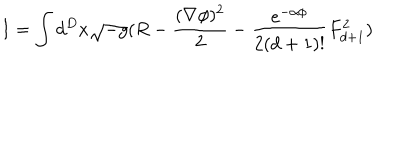
I = \int d ^ { D } x \sqrt { - g } ( R - \frac { ( \nabla \phi ) ^ { 2 } } { 2 } - \frac { e ^ { - \alpha \phi } } { 2 ( d + 1 ) ! } F _ { d + 1 } ^ { 2 } )